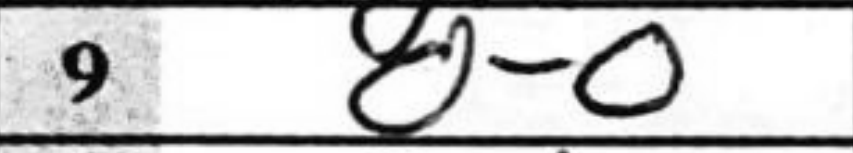
Transcription: O-O